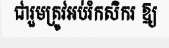
ជារួមត្រូវអប់រំកសិករ ឱ្យ